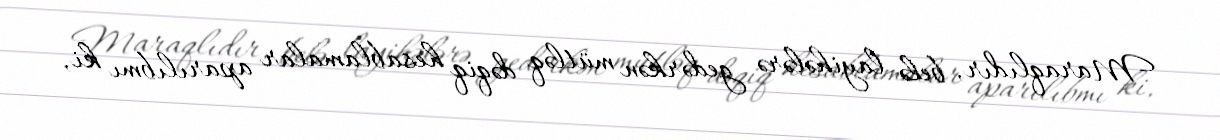
Maraqlıdır, belə layihələrə gedərkən mütləq dəqiq hesablamalar aparılıbmı ki,